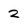
Character: 2